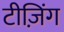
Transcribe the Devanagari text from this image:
टीज़िंग